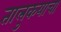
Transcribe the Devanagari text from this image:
तालुकयाचा